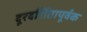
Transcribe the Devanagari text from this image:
दूरदर्शितापूर्वक